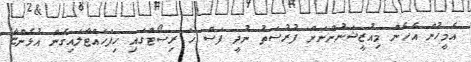
އެމީހުން އެހެން މިއުޒީޝަނުންނަށް ފުރުސަތު ނުދީ ފަސް ހަ ރިސޯޓްގައި ހިފަހައްޓާލައިގެން އުޅެންޏާ